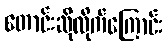
တောင်းဆိုလိုက်ကြောင်း